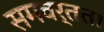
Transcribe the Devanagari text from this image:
समवर्तत।